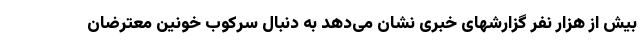
بیش از هزار نفر گزارشهای خبری نشان می‌دهد به دنبال سرکوب خونین معترضان